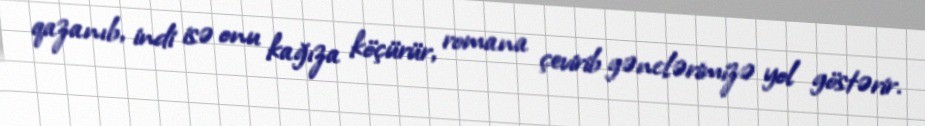
qazanıb, indi isə onu kağıza köçürür, romana çevirib gənclərimizə yol göstərir.